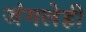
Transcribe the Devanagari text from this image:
जंगलेही